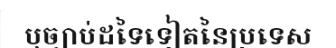
ឬច្បាប់ដទៃទៀតនៃប្រទេស